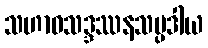
သဟာဝသဒ္ဒဿနသမ္ပဒါယ